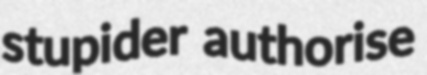
stupider authorise